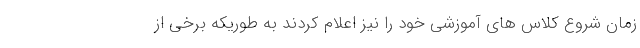
زمان شروع کلاس های آموزشی خود را نیز اعلام کردند به طوریکه برخی از